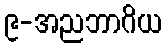
၉-အညဘာဂိယ